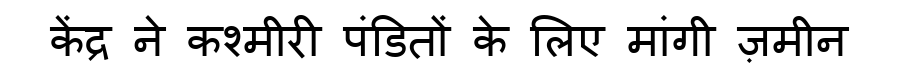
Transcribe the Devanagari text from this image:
केंद्र ने कश्मीरी पंडितों के लिए मांगी ज़मीन